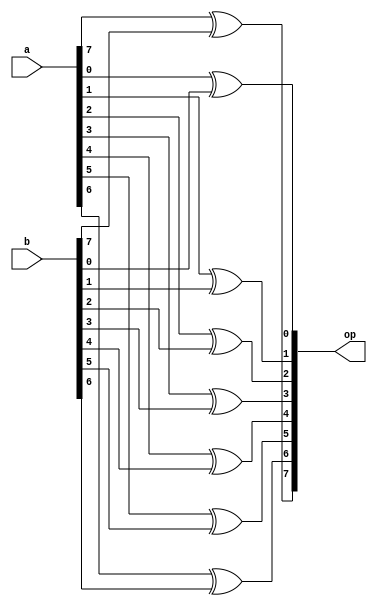
`timescale 1ns / 1ps

// GroupID-73(15116003_15116066) - Abhimanyu Bambhaniya & Utkarsh Gupta 
// xor_8_bit.v - XOR Module

module xor_8_bit(
	input [7:0] a,
	input [7:0] b,
	output reg [7:0] op
);

	integer i;
	
	always @(*) begin
		for(i=0; i<8; i=i+1) begin
			op[i] = a[i] ^ b[i];
		end
	end

endmodule